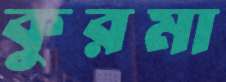
কুরমা